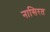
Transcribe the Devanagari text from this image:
नासिरत